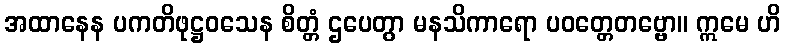
အထာနေန ပကတိဖုဋ္ဌဝသေန စိတ္တံ ဌပေတွာ မနသိကာရော ပဝတ္တေတဗ္ဗော။ ဣမေ ဟိ